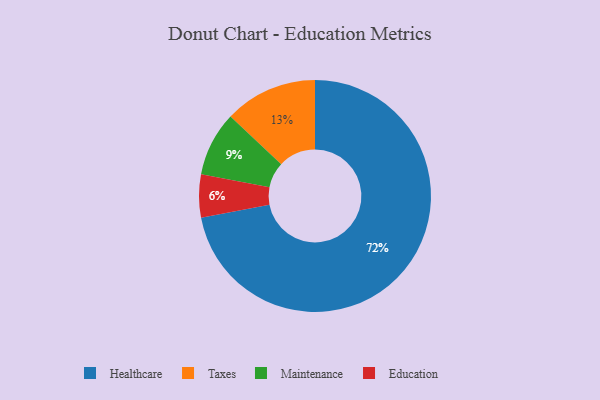
{"axis": {"x": "Category", "y": "Percentage"}, "legend": ["Education", "Healthcare", "Maintenance", "Taxes"], "data": [{"x": "Healthcare", "y": 72, "type": "Healthcare"}, {"x": "Maintenance", "y": 9, "type": "Maintenance"}, {"x": "Taxes", "y": 13, "type": "Taxes"}, {"x": "Education", "y": 6, "type": "Education"}]}